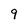
Character: 9